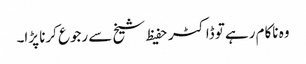
وہ ناکام رہے تو ڈاکٹر حفیظ شیخ سے رجوع کرنا پڑا۔